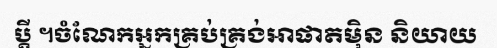
ប្តី ។ចំណែកអ្នកគ្រប់គ្រង់អាផាតម៉ិន និយាយ